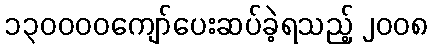
၁၃၀၀၀၀ကျော်ပေးဆပ်ခဲ့ရသည့် ၂၀၀၈